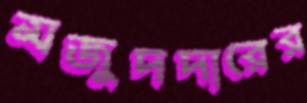
মজুদদারের